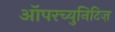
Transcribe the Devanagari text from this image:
ऑपरच्युनिटिज़